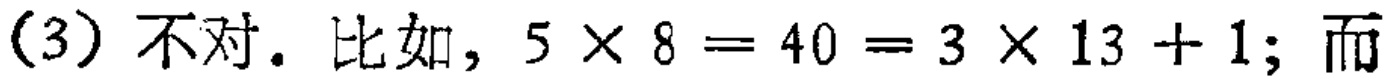
(3) 不对. 比如, \(5\times 8 = 40 = 3\times 13 + 1\); 而